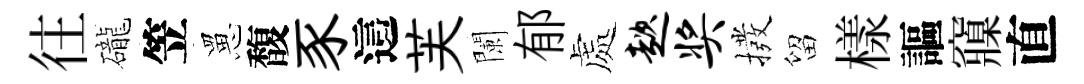
往礲笠罳馥豕這芙闌郁處趑奖撥留樣謳䆿直